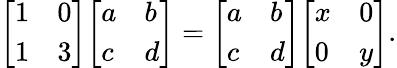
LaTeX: {\left[\begin{array}{ll}{1}&{0}\\ {1}&{3}\end{array}\right]}{\left[\begin{array}{ll}{a}&{b}\\ {c}&{d}\end{array}\right]}={\left[\begin{array}{ll}{a}&{b}\\ {c}&{d}\end{array}\right]}{\left[\begin{array}{ll}{x}&{0}\\ {0}&{y}\end{array}\right]}.